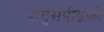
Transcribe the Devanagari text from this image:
वायुसंपीडकों